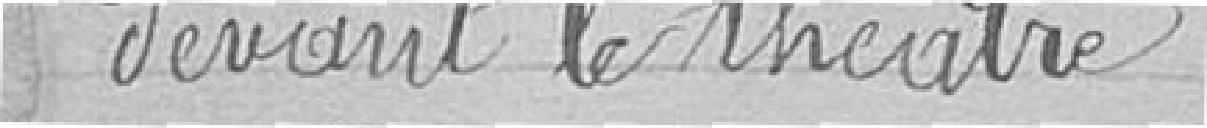
devant le théâtre